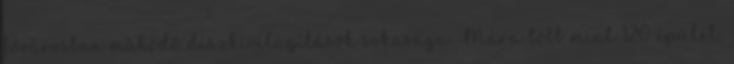
fővárosban működő díszkivilágítások sokasága. Mára több mint 120 épület,